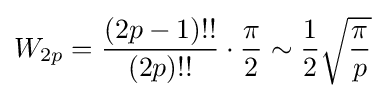
W_{2p}={\frac {(2p-1)!!}{(2p)!!}}\cdot {\frac {\pi }{2}}\sim {\frac {1}{2}}{\sqrt {\frac {\pi }{p}}}